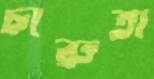
চারুতা